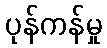
ပုန်ကန်မှု